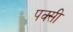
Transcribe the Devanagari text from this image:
पक्सी